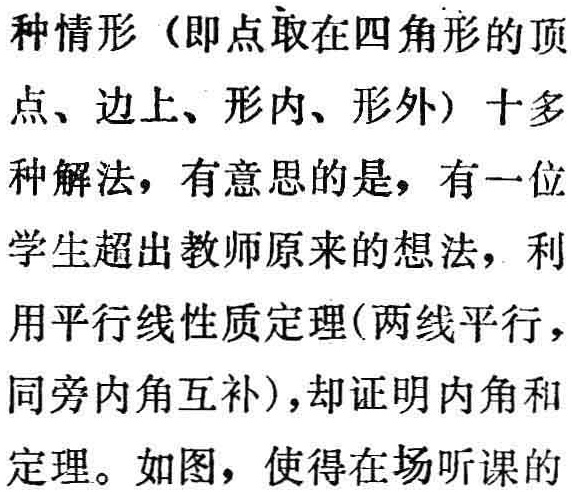
种情形（即点取在四角形的顶

点、边上、形内、形外）十多

种解法，有意思的是，有一位

学生超出教师原来的想法，利

用平行线性质定理(两线平行，

同旁内角互补)，却证明内角和

定理。如图，使得在场听课的